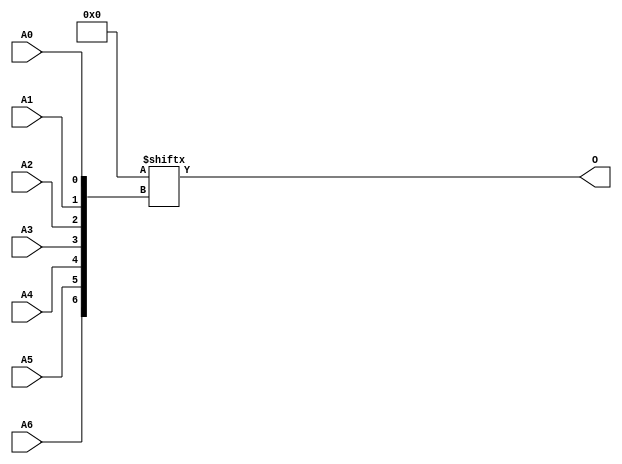
module ROM128X1 (
  output O,
  input A0, A1, A2, A3, A4, A5, A6
);
  parameter [127:0] INIT = 128'h0;
  assign O = INIT[{A6, A5, A4, A3, A2, A1, A0}];
endmodule